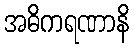
အဓိကရဏာနိ